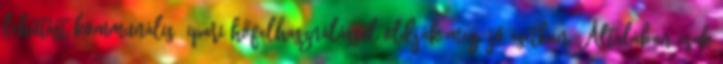
lehűtést kommunális ipari hőfelhasználással oldják meg, jó esetben. Általában csak